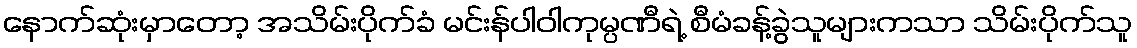
နောက်ဆုံးမှာတော့ အသိမ်းပိုက်ခံ မင်းန်ပါဝါကုမ္ပဏီရဲ့ စီမံခန့်ခွဲသူများကသာ သိမ်းပိုက်သူ